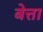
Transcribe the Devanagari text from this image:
बेत्ता